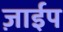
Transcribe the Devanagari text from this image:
ज़ाईप